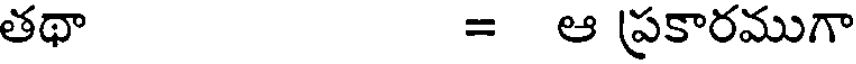
తథా = ఆ ప్రకారముగా